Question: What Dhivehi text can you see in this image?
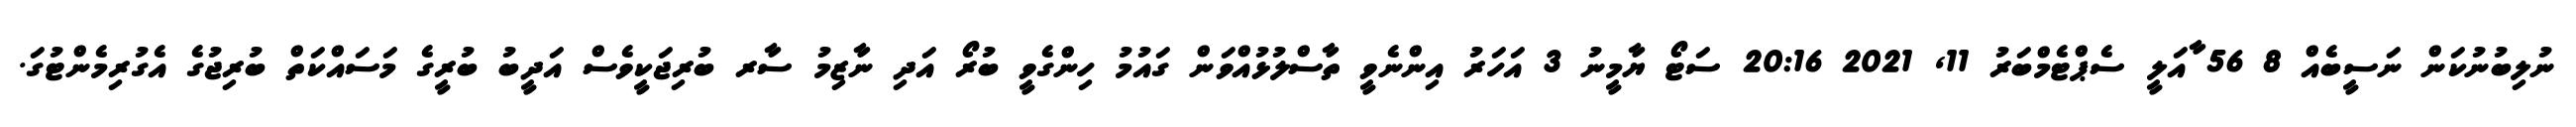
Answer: ނުލިބުނުކަން ނަސީބެއް 8 56 ާއަލީ ސެޕްޓެމްބަރު 11, 2021 20:16 ސަޓޯ ޔާމީނު 3 އަހަރު އިންނެވީ ތާސްލުޅުއްވަން ގައުމު ހިންގެވީ ބުރޯ އަދި ނާޒިމު ސާރ ބުރިޖަކީވެސް އަދީބު ބުރީގެ މަސައްކަތް ބުރިޖުގެ އެގުރިމެންޓުގަ.